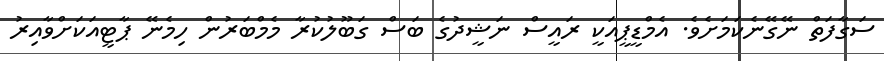
ސަގާފަތް ނޭގޭނެކަމަށެވެ. އެމްޑީޕީއަކީ ރައީސް ނަޝީދުގެ ބަސް ގަބޫލުކުރާ މެމްބަރުން ހިމެނޭ ޕާޓީއަކަށްވާއިރު